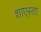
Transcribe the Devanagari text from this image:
शाएस्ता